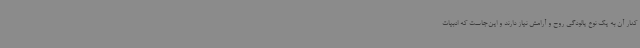
کنار آن به یک‌ نوع پالودگی روح و آرامش نیاز دارند و این‌جاست که ادبیات